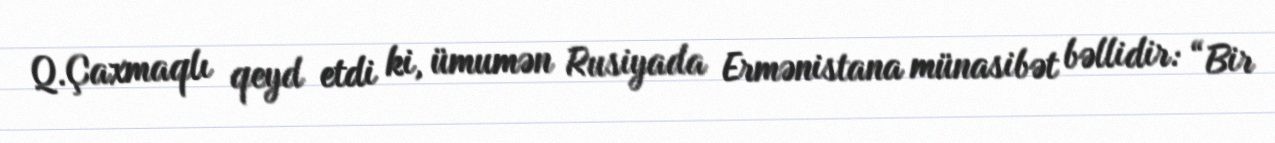
Q.Çaxmaqlı qeyd etdi ki, ümumən Rusiyada Ermənistana münasibət bəllidir: “Bir